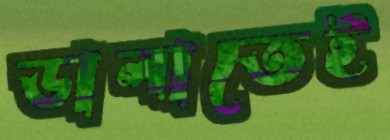
ডালাতেই